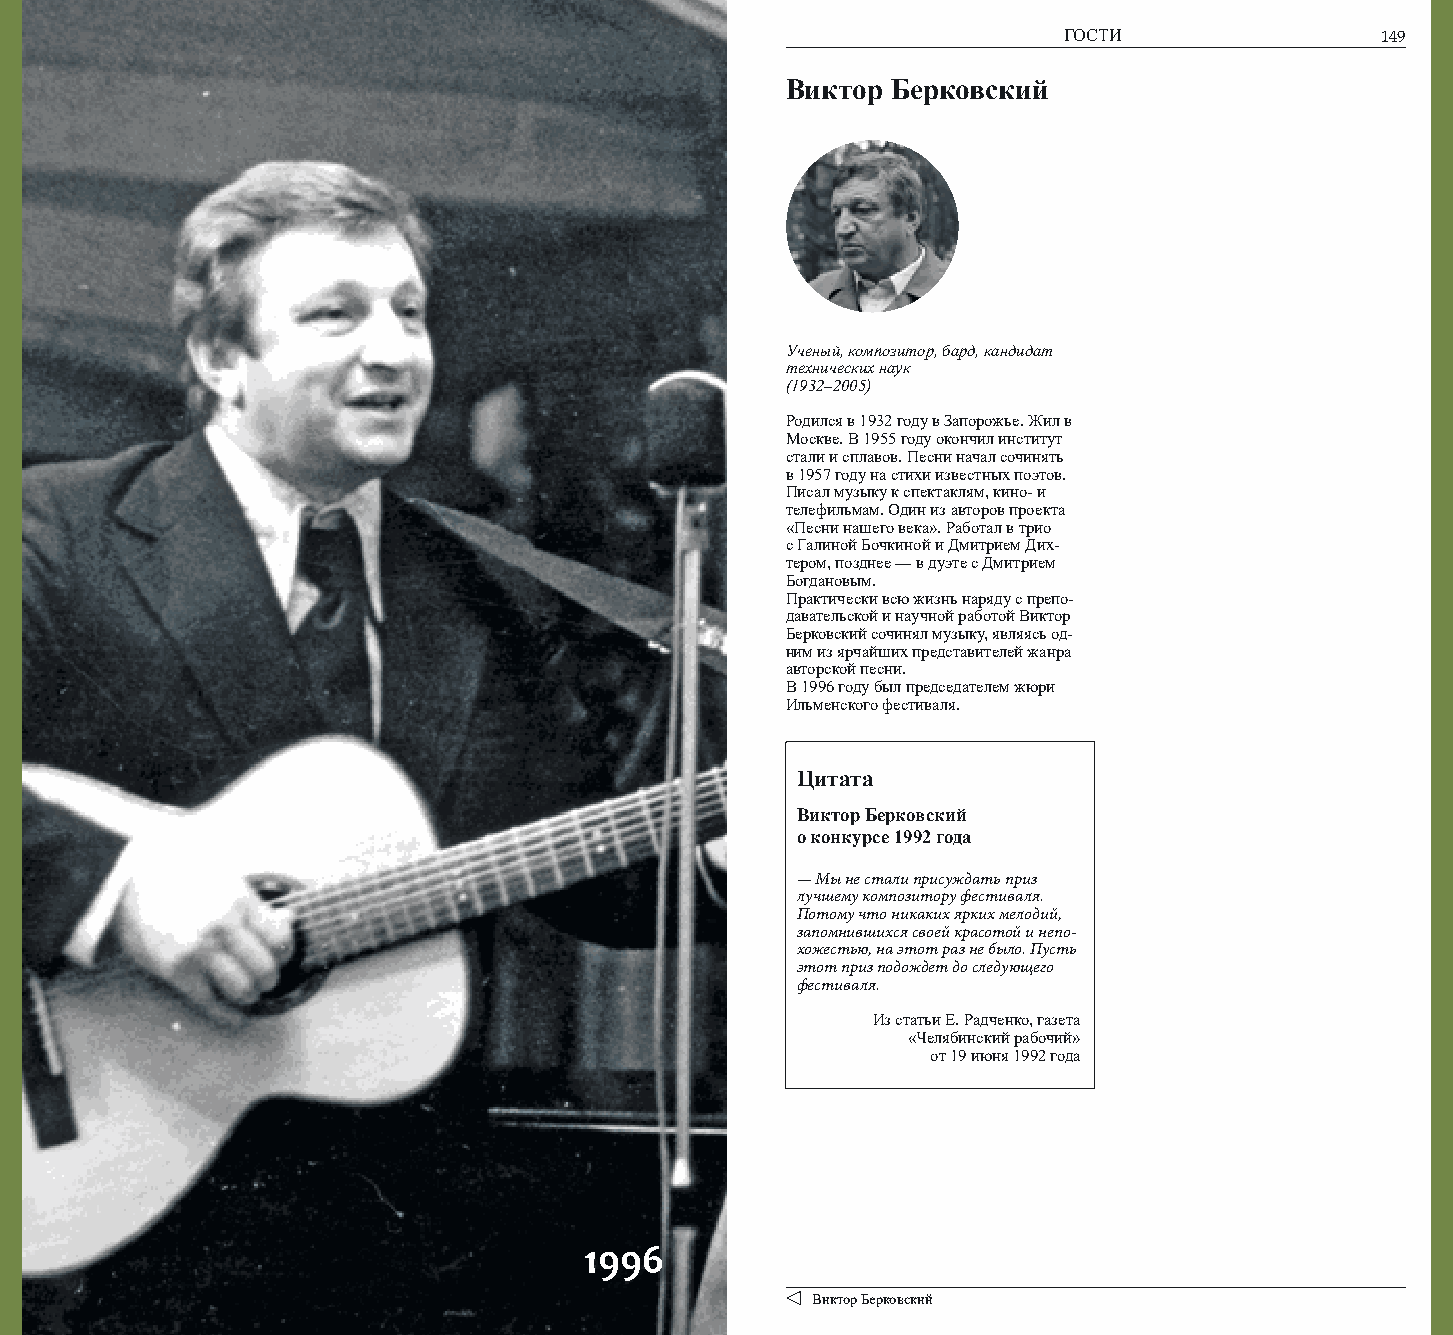
148                                                                ГОСТИ                149
 Виктор Берковский
 Ученый, композитор, бард, кандидат
 технических наук
 (1932–2005)
 Родился в 1932 году в Запорожье. Жил в
 Москве. В 1955 году окончил институт
 стали и сплавов. Песни начал сочинять
 в 1957 году на стихи известных поэтов.
 Писал музыку к спектаклям, кино- и
 телефильмам. Один из авторов проекта
 «Песни нашего века». Работал в трио
 с Галиной Бочкиной и Дмитрием Дих-
 тером, позднее — в дуэте с Дмитрием
 Богдановым.
 Практически всю жизнь наряду с препо-
 давательской и научной работой Виктор
 Берковский сочинял музыку, являясь од-
 ним из ярчайших представителей жанра
 авторской песни.
 В 1996 году был председателем жюри
 Ильменского фестиваля.
 Цитата
 Виктор Берковский
 о конкурсе 1992 года
 — Мы не стали присуждать приз
 лучшему композитору фестиваля.
 Потому что никаких ярких мелодий,
 запомнившихся своей красотой и непо-
 хожестью, на этот раз не было. Пусть
 этот приз подождет до следующего
 фестиваля.
 Из статьи Е. Радченко, газета
 «Челябинский рабочий»
 от 19 июня 1992 года
 1996
 Виктор Берковский